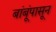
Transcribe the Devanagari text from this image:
बांबूंपासून